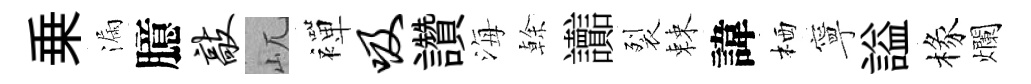
乗漏臆敲屼襌吸讚海𠏉讟裂棘諱栖寧謚椽爛